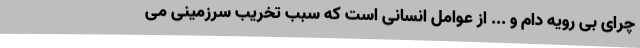
چرای بی رویه دام و ... از عوامل انسانی است که سبب تخریب سرزمینی می